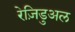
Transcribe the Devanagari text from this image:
रेज़िडुअल